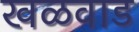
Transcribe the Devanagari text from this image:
खळवाड